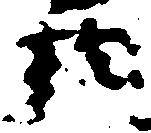
於